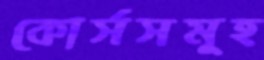
কোর্সসমূহ